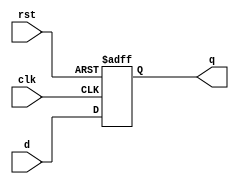
module flipflop(
	output reg q, 
	input clk, 
	input rst,
	input d
	);

	
	always @(posedge clk or posedge rst)
		begin
		if (rst)
			#2 q = 0;
		else
			q = #3 d;
		end
		
	specify
		$setup(d, clk, 2);
		$hold(clk, d, 0);
	endspecify

endmodule